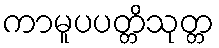
ကာမူပပတ္တိသုတ္တ